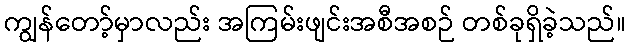
ကျွန်တော့်မှာလည်း အကြမ်းဖျင်းအစီအစဉ် တစ်ခုရှိခဲ့သည်။